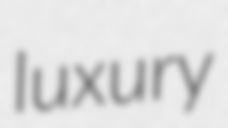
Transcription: luxury